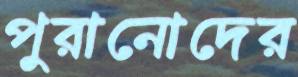
পুরানোদের